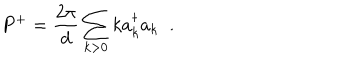
LaTeX: P ^ { + } = \frac { 2 \pi } { d } \sum _ { k > 0 } k a _ { k } ^ { \dagger } a _ { k } \; \; .